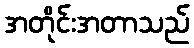
အတိုင်းအတာသည်